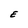
Character: E